Civil Veterinary Dept. Bombay admin report 1900-1906 - 1900-1906
Year: 1900
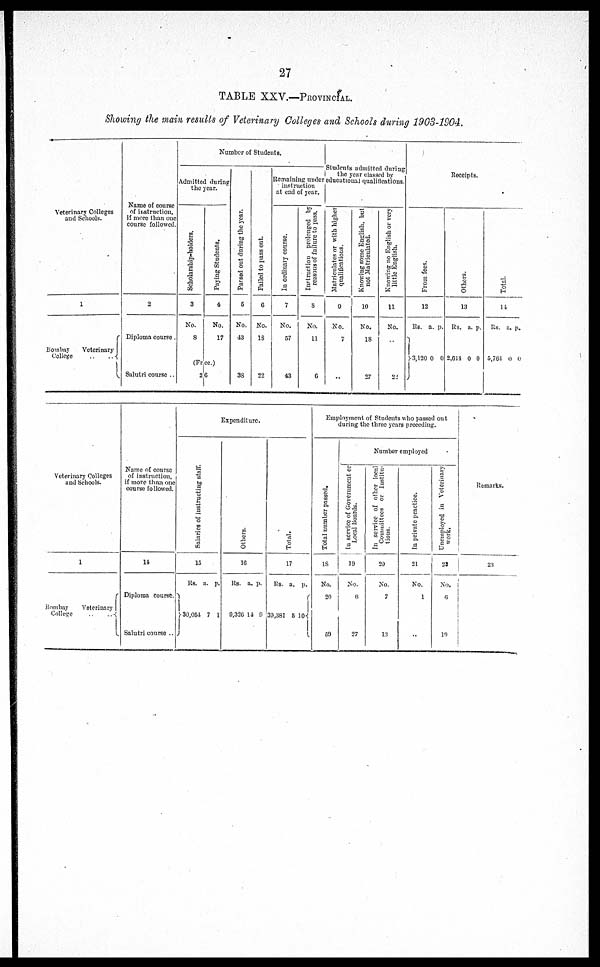
27
TABLE XXV.—PROVINCIAL.
Showing the main results of Veterinary Colleges and Schools during 1903-1904.
Veterinary Colleges
and Schools.
1
Bombay
Veterinary
College
..
..
Name of course
of instruction,
if more than one
course followed.
2
Diploma course .
Salutri course ..
Number of Students.
Admitted during
the year.
Scholarship-holders.
3
No.
8
(Free)
2
Paying Students.
4
No.
17
6
Passed out during the year.
5
No.
43
38
Failed to pass out.
6
No.
13
22
Remaining under
instruction
at end of year.
In
ordinary course.
7
No.
57
43
Instruction prolonged by
reasons of failure to pass.
8
No.
11
6
Students admitted during
the year classed by
educational qualifications.
Matriculates or with higher
qualifications.
9
No.
7
..
Knowing some English, but
not Matriculated.
10
No.
18
27
Knowing no English or very
little English.
11
No.
...
22
Receipts.
From fees.
13
Rs.
3,120
a.
0
p.
0
Ot her s .
13
Rs.
2,614
a.
0 0
p.
Total
14
Rs.
5,764
a.
0
p.
0
Veterinary Colleges
and schools.
1
Bombay
Veterinary
College
..
..
Name of course
of instruction,
if more than one
course followed.
14
Diploma course.
Salutri course ..
Expenditure.
Salaries of instructing staff.
15
Rs.
30,054
a.
7
p.
1
Ot her s .
16
Rs.
9,326
a.
14
p.
9
Total.
17
Rs.
39,381
a.
5
p.
10
Employment of Students who passed out
during the three years preceding.
Total number passed.
18
No.
20
59
Number employed
In service of Government or
Local Boards.
19
No.
6
27
In service of other local
Committees or Institu-
tions.
20
No.
7
13
In private practice.
21
No.
1
...
Unemployed in Veterinary
work.
22
No .
6
19
Remarks.
23